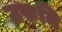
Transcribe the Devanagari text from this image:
उरुमि